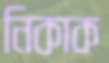
নিকাক